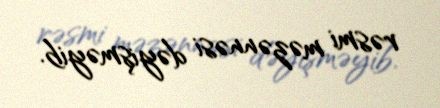
rəsmi məzənnəsi dəyişməyib.